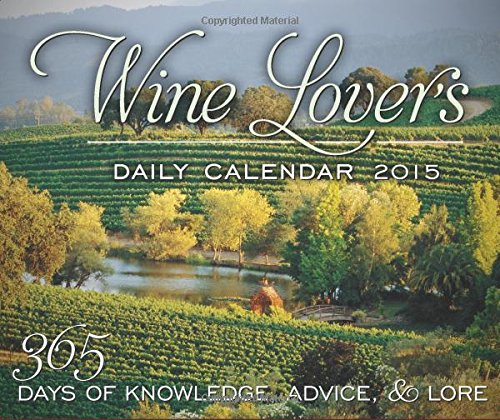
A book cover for Wine Lover's Daily Calendar 2015: 365 Days of Knowledge, Advice & Lore; Jonathon Alsop; Calendars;